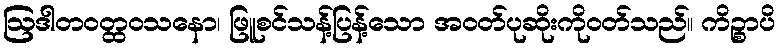
ဩဒါတဝတ္ထဝသနော၊ ဖြူစင်သန့်ပြန့်သော အဝတ်ပုဆိုးကိုဝတ်သည်။ ကိဉ္စာပိ